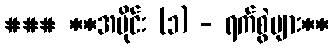
### **အပိုင်း (၁) - ရက်စွဲများ**